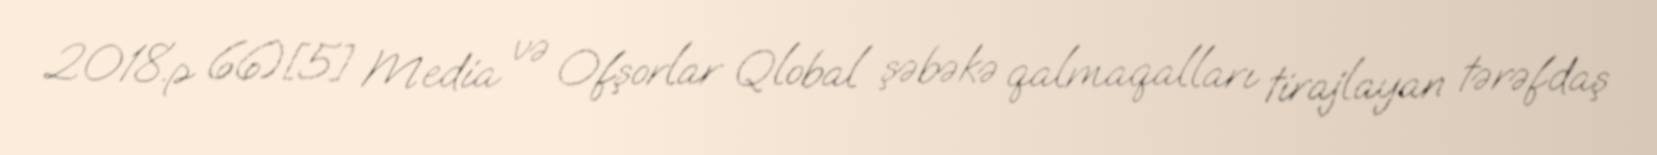
2018.p 66)[5] Media və Ofşorlar Qlobal şəbəkə qalmaqalları tirajlayan tərəfdaş